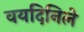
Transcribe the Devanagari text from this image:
वयदिनिले